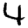
Digit: 4